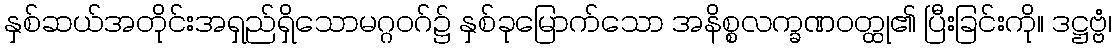
နှစ်ဆယ်အတိုင်းအရှည်ရှိသောမဂ္ဂဝဂ်၌ နှစ်ခုမြောက်သော အနိစ္စလက္ခဏဝတ္ထု၏ ပြီးခြင်းကို။ ဒဋ္ဌဗ္ဗံ၊